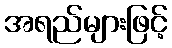
အရည်များဖြင့်